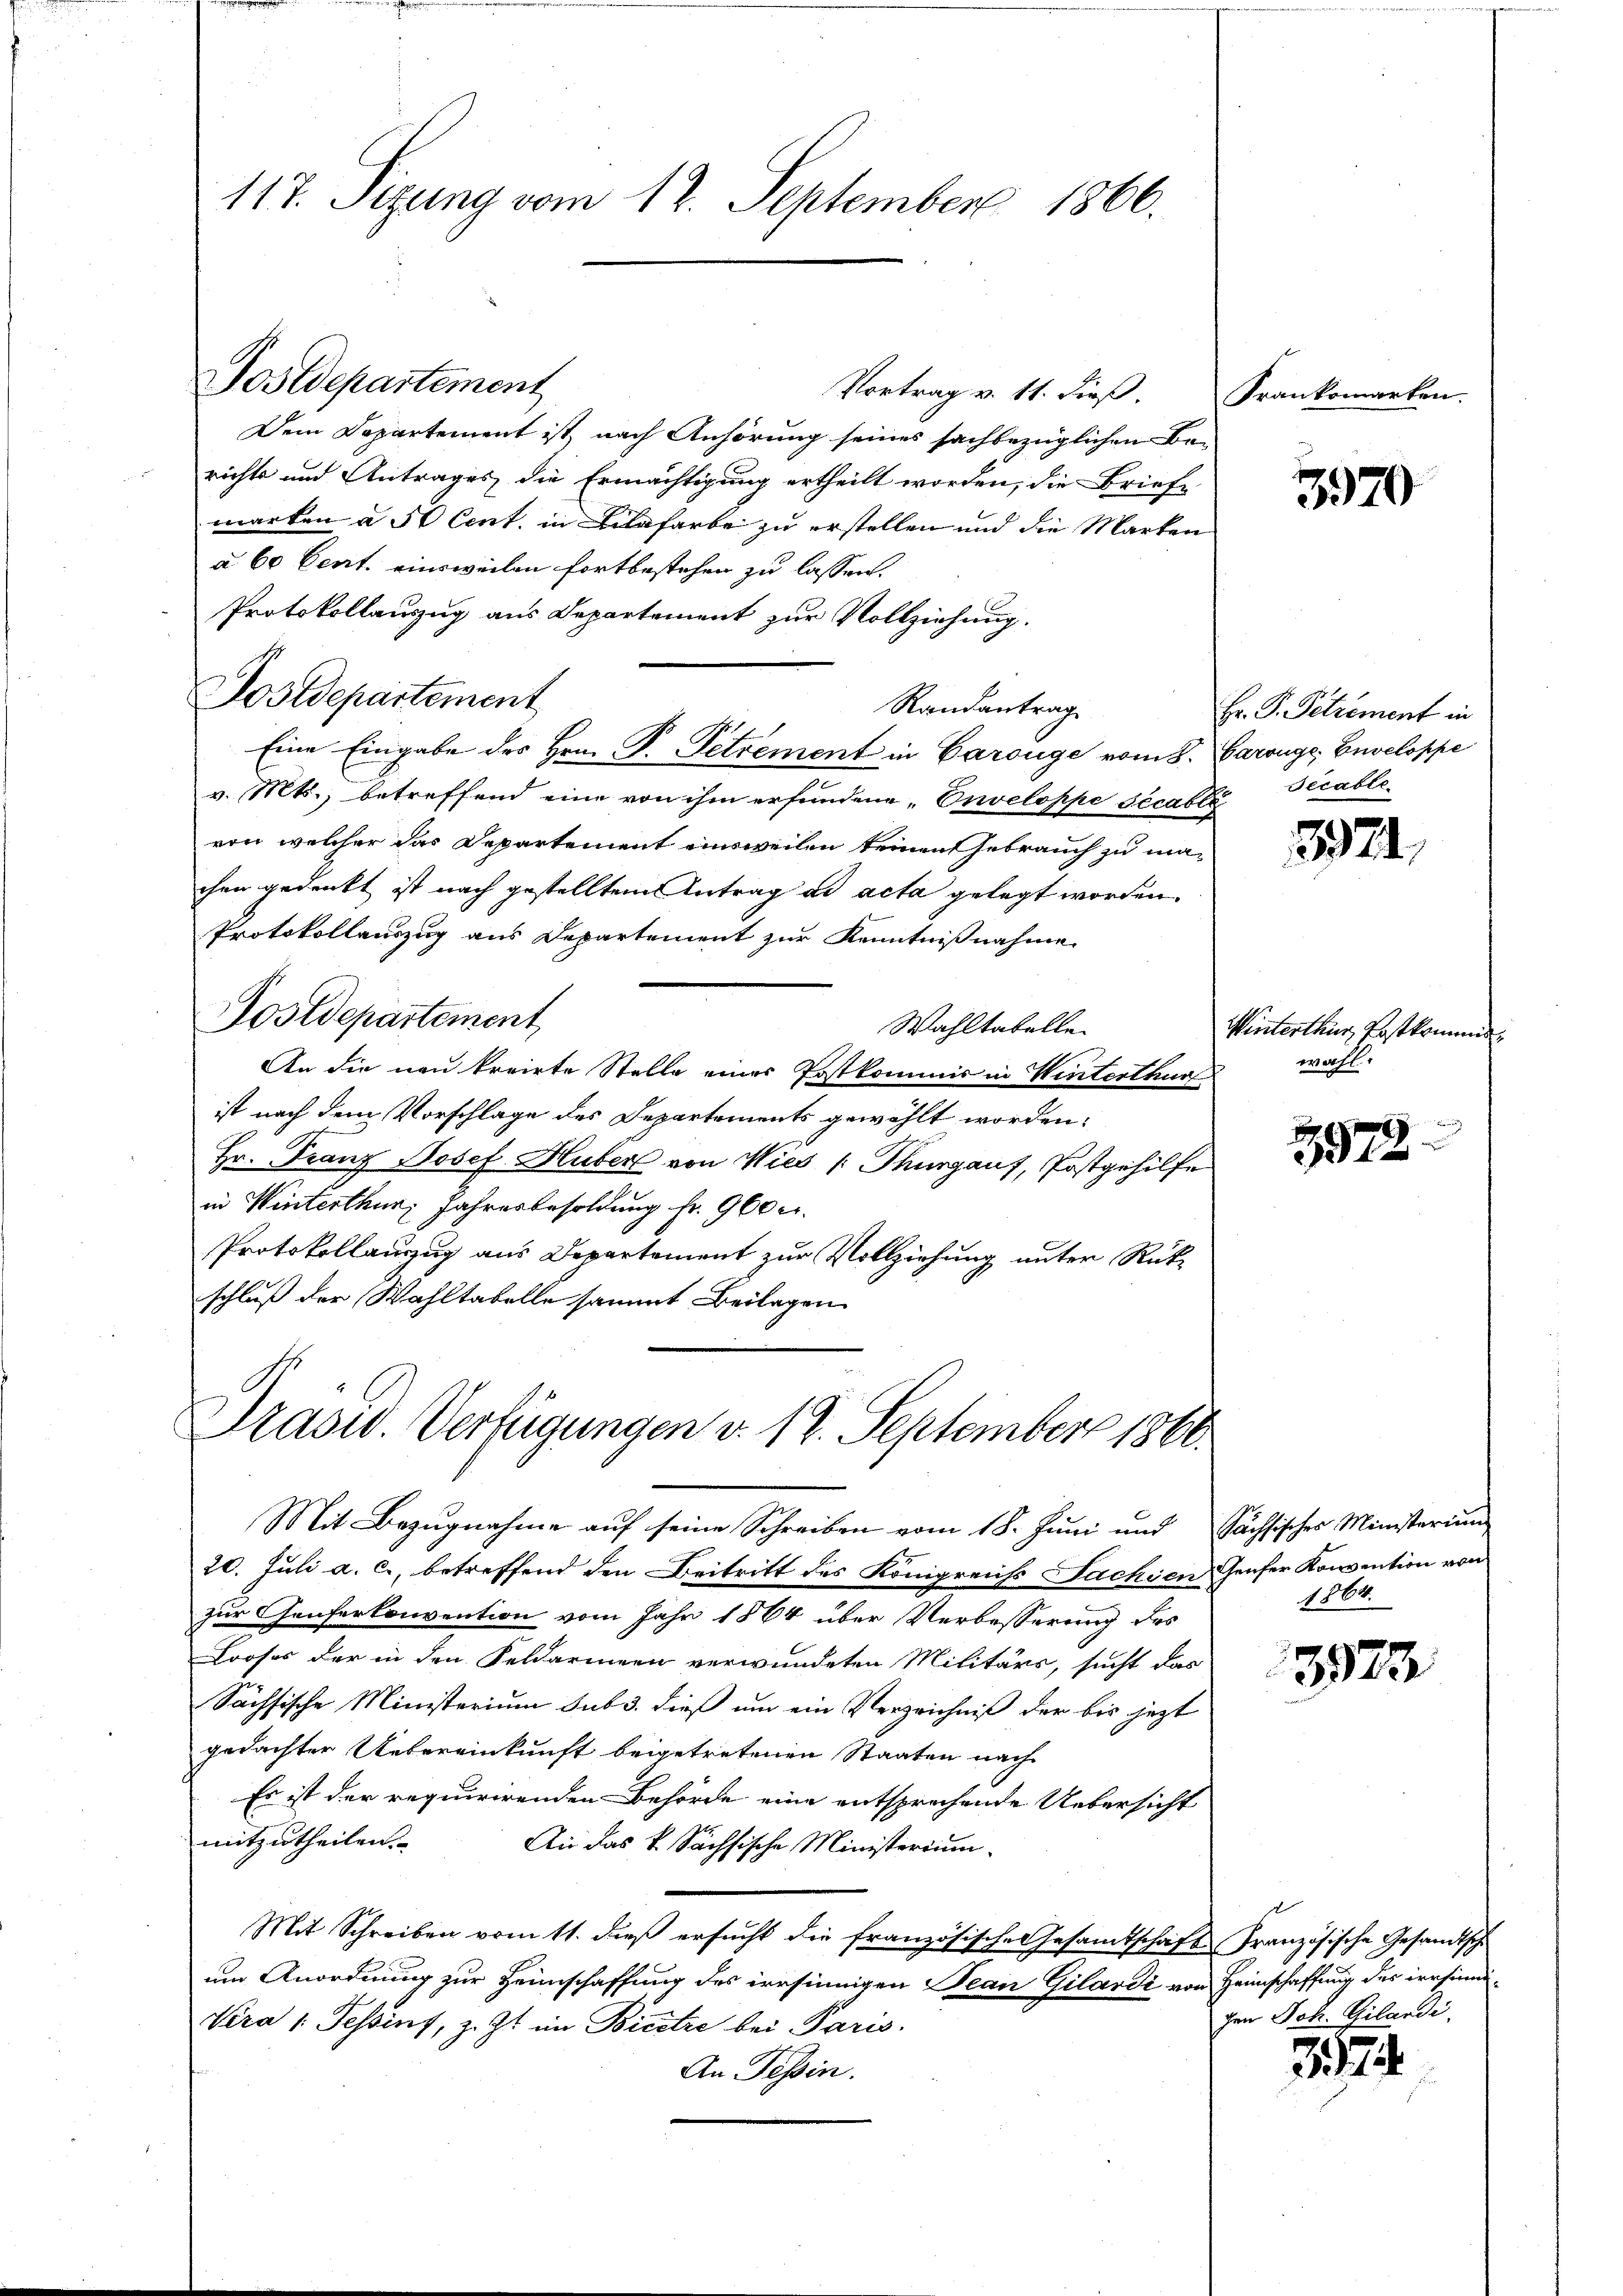
117. Sizung vom 12. September 1866.

Vortrag v. 11. dieß.
Dem Departement ist, nach Anhörung seines sachbezüglichen Berichte und Antrages die Ermächtigung ertheilt worden, die Briefe
marken a 5 Cent. in Bilafarbe zu erstellen und die Marken
a. 60 Cent. einsweilen fortbestehen zu lassen.
Protokollanzug aus Departement zur Vollziehung.
Randantrag
Eine Eingabe des Hrn. P. Petrement in Carouge vom 8. Baronge, Enveloppe
v. Mts., betreffend eine von ihm erfundene „Enveloppe sécable
von welcher das Departement einsweilen keinen Gebrauch zu machen gedenkt ist nach gestellten Antrag ad acta gelegt worden.
Protokollauszug aus Departement zur Kenntnißnahme
Postdepartement
Wahltabelle
An die neu kreirte Stelle eines Postkommis in Winterthur
ist nach dem Vorschlage des Departements gewählt worden.
Hr. Franz Josef Huber von Wies Thurgauf, Postgehilfe
in Winterthur, Jahresbesoldung fr. 960 er
Protokollauszug aus Departement zur Vollziehung unter Rükschluß der Wahltabelle sammt Beilagen

Postdepartement

Postdepartement

Trasw. Verfügungen v. 12. September 1860.
Mit Bezugnahme auf seine Schreiben vom 18. Juni und Sächsisches Ministerium

20. Juli a. c., betreffend den Beitritt des Königreichs Jachien Genfer Konvention von
zur Genferkonvention vom Jahr 1864 über Verbesserung des
Looses der in den Feldarmeen verwundeten Militärs, sucht das
Sächsische Ministerium sub 3. dieß um ein Verzeichniß der bis jezt
gedachter Uebereinkunft beigetretenen Staaten nach
Es ist der requurirenden Behörde eine entsprechende Uebersicht
mitzutheilen. An das k. Sächsische Ministerium
Mit Schreiben vom 11. dieß ersucht die französisches Gesamtschaft Französische Gesandtsch
um Anordnung zur Heimschaffung des irrsinnigen Jean Gilardi von Heimschaffung des irrsinni¬
Vera 1. Tessin, z. Zt. im Bicetze bei Paris.
An Tessin.

Franksmarken.

3970

Hr. P. Pelrement in
Secable.

1924.

Winterthur, Erstkommi
wahl

876
372

1864.

1923

gen Joh. Gilandi

37